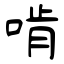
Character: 啃